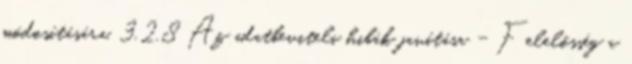
módosítására. 3.2.8 Az adatbeviteli hibák javítása - Felelősség a